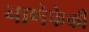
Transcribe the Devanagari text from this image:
नाणेफेकी